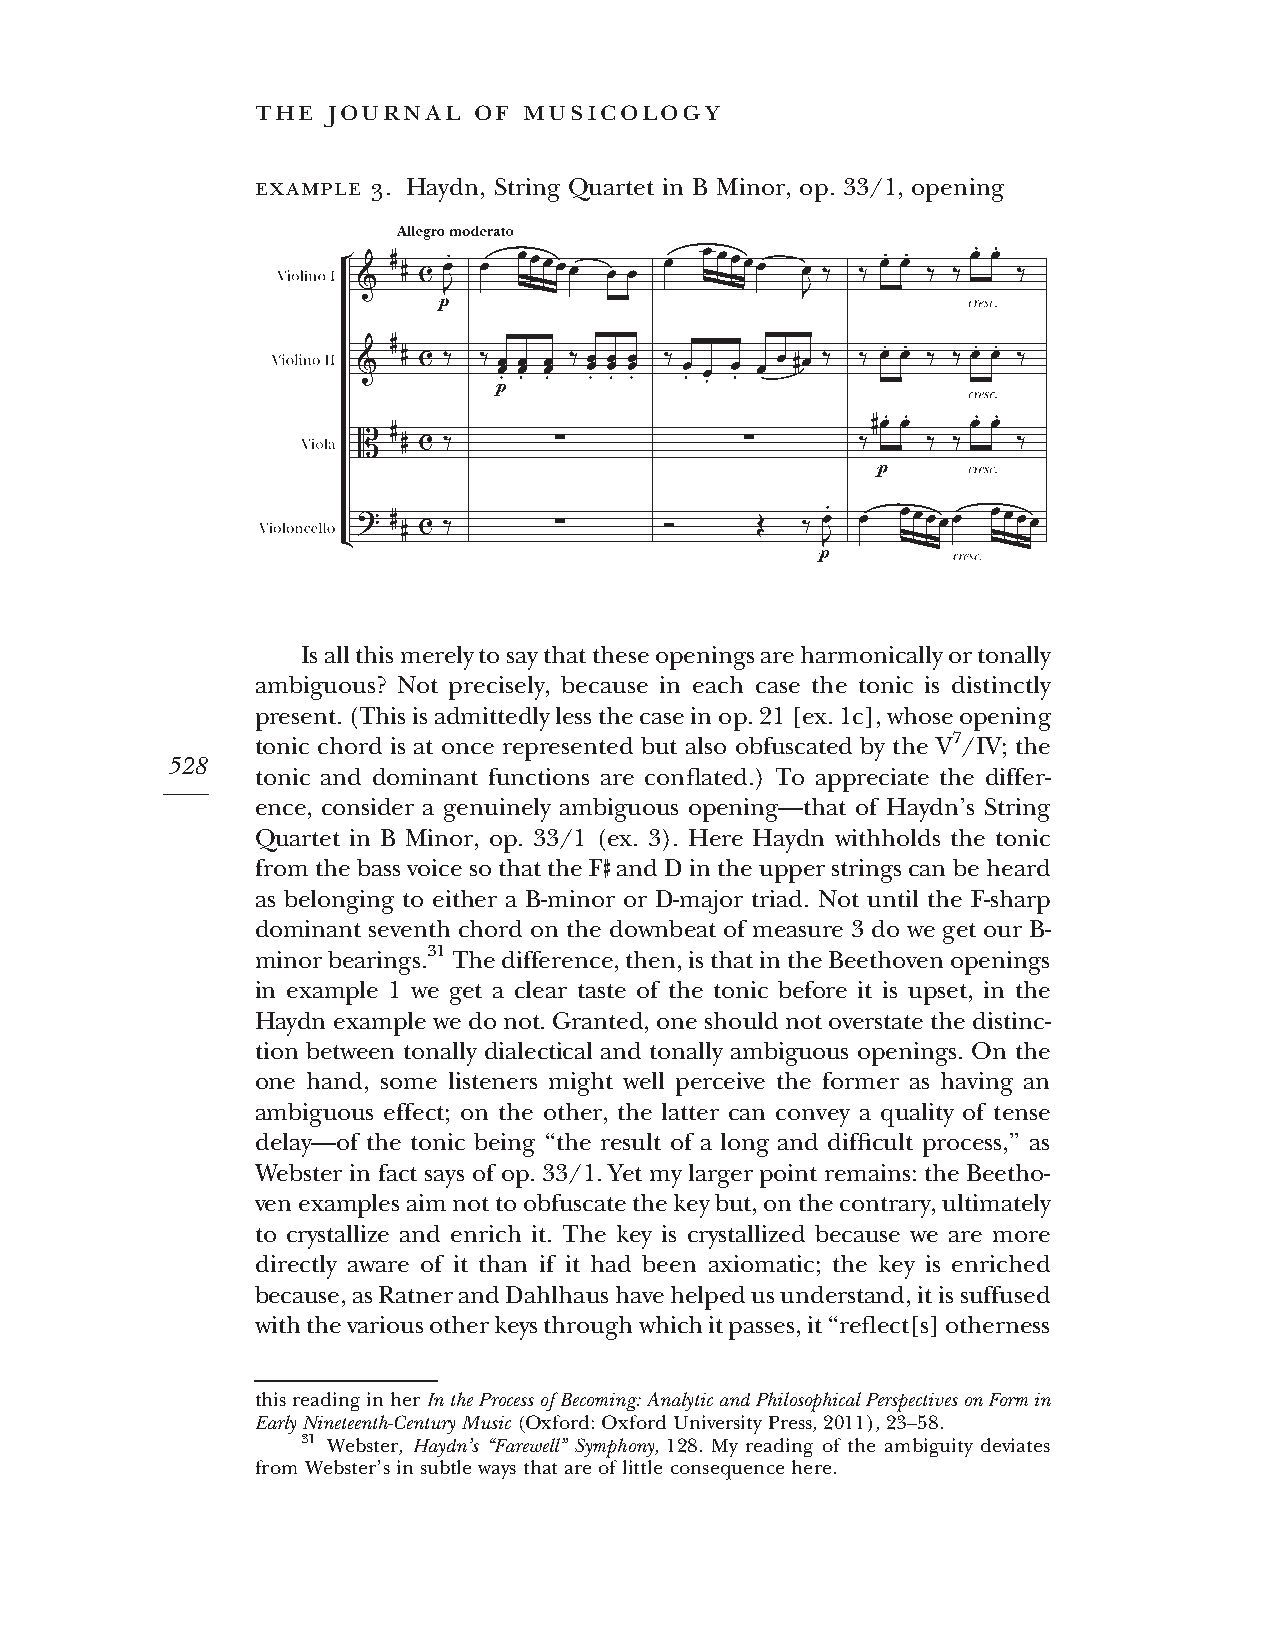
the  journal  of  musicology
 example 3. Haydn, String Quartet in B Minor, op. 33/1, opening
 Isallthismerelytosaythattheseopeningsareharmonicallyortonally
 ambiguous? Not precisely, because in each case the tonic is distinctly
 present.(Thisisadmittedlylessthecaseinop.21[ex.1c],whoseopening
 tonic chord is at once represented but also obfuscated by the V7/IV; the
 528
 tonic and dominant functions are conflated.) To appreciate the differ-
 ence, consider a genuinely ambiguous opening—that of Haydn’s String
 Quartet in B Minor, op. 33/1 (ex. 3). Here Haydn withholds the tonic
 fromthebassvoicesothattheF andDintheupperstringscanbeheard
 ♯
 as belonging to either a B-minor or D-major triad. Not until the F-sharp
 dominant seventh chord on the downbeat of measure 3 do we get our B-
 minorbearings.31Thedifference,then,isthatintheBeethovenopenings
 in example 1 we get a clear taste of the tonic before it is upset, in the
 Haydn examplewedonot. Granted, one shouldnotoverstatethedistinc-
 tion between tonally dialectical and tonally ambiguous openings. On the
 one hand, some listeners might well perceive the former as having an
 ambiguous effect; on the other, the latter can convey a quality of tense
 delay—of the tonic being ‘‘the result of a long and difficult process,’’ as
 Webster in fact says of op. 33/1. Yet my larger point remains: the Beetho-
 venexamplesaimnottoobfuscatethekeybut,onthecontrary,ultimately
 to crystallize and enrich it. The key is crystallized because we are more
 directly aware of it than if it had been axiomatic; the key is enriched
 because,asRatnerandDahlhaushavehelpedusunderstand,itissuffused
 withthevariousotherkeysthroughwhichitpasses,it‘‘reflect[s]otherness
 -
 thisreadinginherIntheProcessofBecoming:AnalyticandPhilosophicalPerspectivesonFormin
 EarlyNineteenth-Century Music(Oxford: OxfordUniversityPress,2011),23–58.
 31 Webster, Haydn’s ‘‘Farewell’’ Symphony, 128. My reading of the ambiguity deviates
 fromWebster’sinsubtlewaysthatareoflittleconsequencehere.